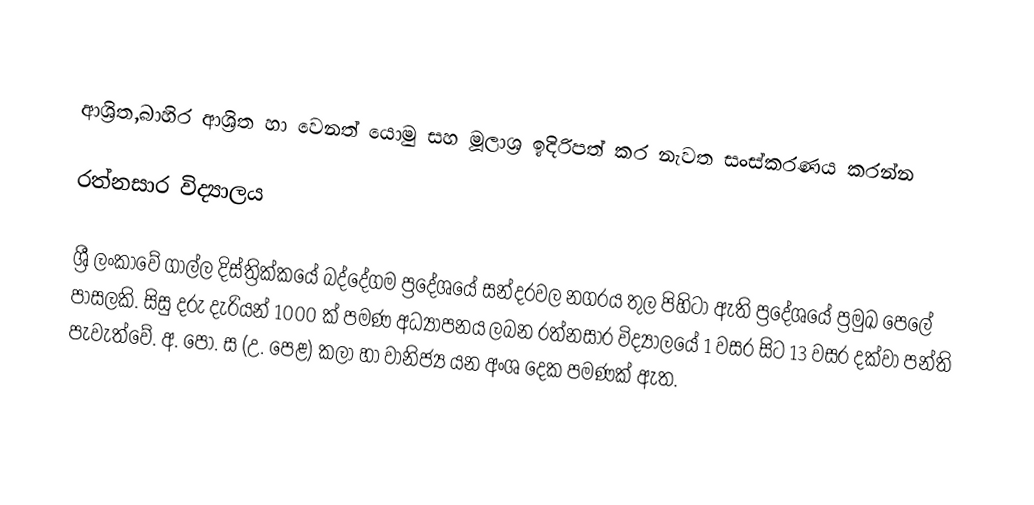

ආශ්‍රිත,බාහිර ආශ්‍රිත හා වෙනත් යොමු සහ මූලාශ්‍ර ඉදිරිපත් කර නැවත සංස්කරණය කරන්න

රත්නසාර විද්‍යාලය

ශ්‍රී ලංකාවේ ගාල්ල දිස්ත්‍රික්කයේ බද්දේගම ප්‍රදේශයේ සන්දරවල නගරය තුල පිහිටා ඇති ප්‍රදේශයේ ප්‍රමුඛ පෙලේ පාසලකි. සිසු දරු දැරියන් 1000 ක් පමණ අධ්‍යාපනය ලබන රත්නසාර විද්‍යාලයේ 1 වසර සිට 13 වසර දක්වා පන්ති පැවැත්වේ. අ. පො. ස (උ. පෙළ) කලා හා වානිජ්‍ය යන අංශ දෙක පමණක් ඇත.